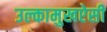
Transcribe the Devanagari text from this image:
उल्कामुखऐसी